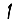
Digit: 1